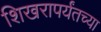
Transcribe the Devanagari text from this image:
शिखरापर्यंतच्या